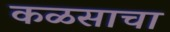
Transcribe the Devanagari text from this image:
कळसाचा